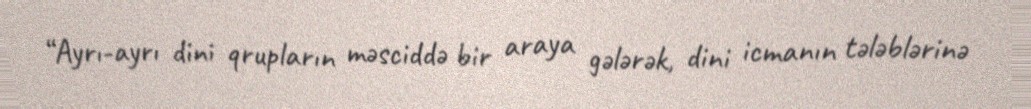
“Ayrı-ayrı dini qrupların məsciddə bir araya gələrək, dini icmanın tələblərinə